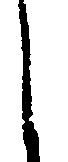
之